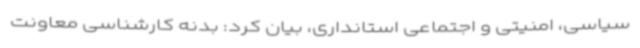
سیاسی، امنیتی و اجتماعی استانداری، بیان کرد: بدنه کارشناسی معاونت